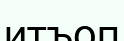
итъоп